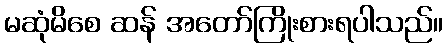
မဆုံမိစေ ဆန် အတော်ကြိုးစားရပါသည်။